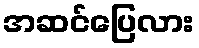
အဆင်ပြေလား